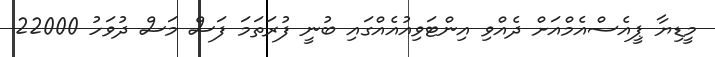
މީޑިޔާ ޕީއެސްއެމްއަށް ދެއްވި އިންޓަވިއުއެއްގައި ބުނީ ފުރަތަމަ ފަސް މަސް ދުވަހު 22000